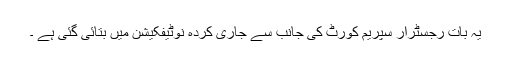
یہ بات رجسٹرار سپریم کورٹ کی جانب سے جاری کردہ نوٹیفکیشن میں بتائی گئی ہے ۔